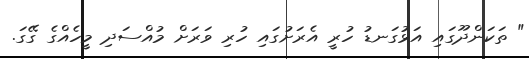
" ތަކަންދޫގައި އަޅުގަނޑު ހުރީ އެރަށުގައި ހުރި ވަރަށް މުއްސަދި މީހެއްގެ ގޭގަ.